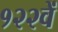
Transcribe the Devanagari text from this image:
१२२वें